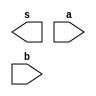
// ------------------------- 
// Exemplo0011 - BASE 
// Nome: Andre Henriques Fernandes 
// ------------------------- 
 
// ------------------------- 
//  f4_gate 
// ------------------------- 
module f4 (output [3:0] s, 
                    input  [3:0] a, 
                    input  [3:0] b); 
 
// descrever por portas 
 
endmodule // f4 

module andgate (output [3:0] s, input [3:0] a, input [3:0] b);
	assign s = a & b;
endmodule

module orgate (output [3:0] s, input [3:0] a, input [3:0] b);
	assign s = a | b;
endmodule

module notgate (output [3:0] s, input [3:0] a);
	assign s = ~a;
endmodule

module exemplo32;
	reg [3:0] a;
	reg [3:0] b;
	reg [3:0] chave;
	wire [3:0] s1;
	wire [3:0] s2;
	wire [3:0] s3;
	wire [3:0] s4;
	wire [3:0] s5;
	
	andgate AND1 (s1,a,b);
	orgate OR1 (s2,a,b);
	notgate NOT1 (s5, chave);
	andgate AND2 (s3,s5,s1);
	andgate AND3 (s4,chave,s2);
	
	initial begin
	 
      $display("Exemplo0032 - Andre Henriques Fernandes - 427386"); 
      $display("Test LU's module"); 
		
 		$display("a     b  chave AND OR");
		
		$monitor("%4b %4b %4b %4b %4b",a,b,chave,s3,s4);
		
      a = 4'b0000; b = 4'b0000; chave=4'b0000;
 
   #1 a = 4'b0001; b = 4'b1010; chave=4'b1010; 
			
	#1 a = 4'b0010; b = 4'b1001; chave=4'b1100; 
	
	#1 a = 4'b0011; b = 4'b1000; chave=4'b0011;
	 
	#1 a = 4'b0100; b = 4'b0111; chave=4'b1001;
	
	#1 a = 4'b0101; b = 4'b0110; chave=4'b0100; 
	
	#1 a = 4'b0110; b = 4'b0101; chave=4'b0010;
	
	#1 a = 4'b0111; b = 4'b0100; chave=4'b1111; 
	
	#1 a = 4'b1000; b = 4'b0011; chave=4'b1101; 
	
	#1 a = 4'b1001; b = 4'b0010; chave=4'b1110;
	
	#1 a = 4'b1010; b = 4'b0001; chave=4'b1011;
	
 
   end 
 
endmodule // test_f4